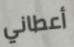
أعطاني